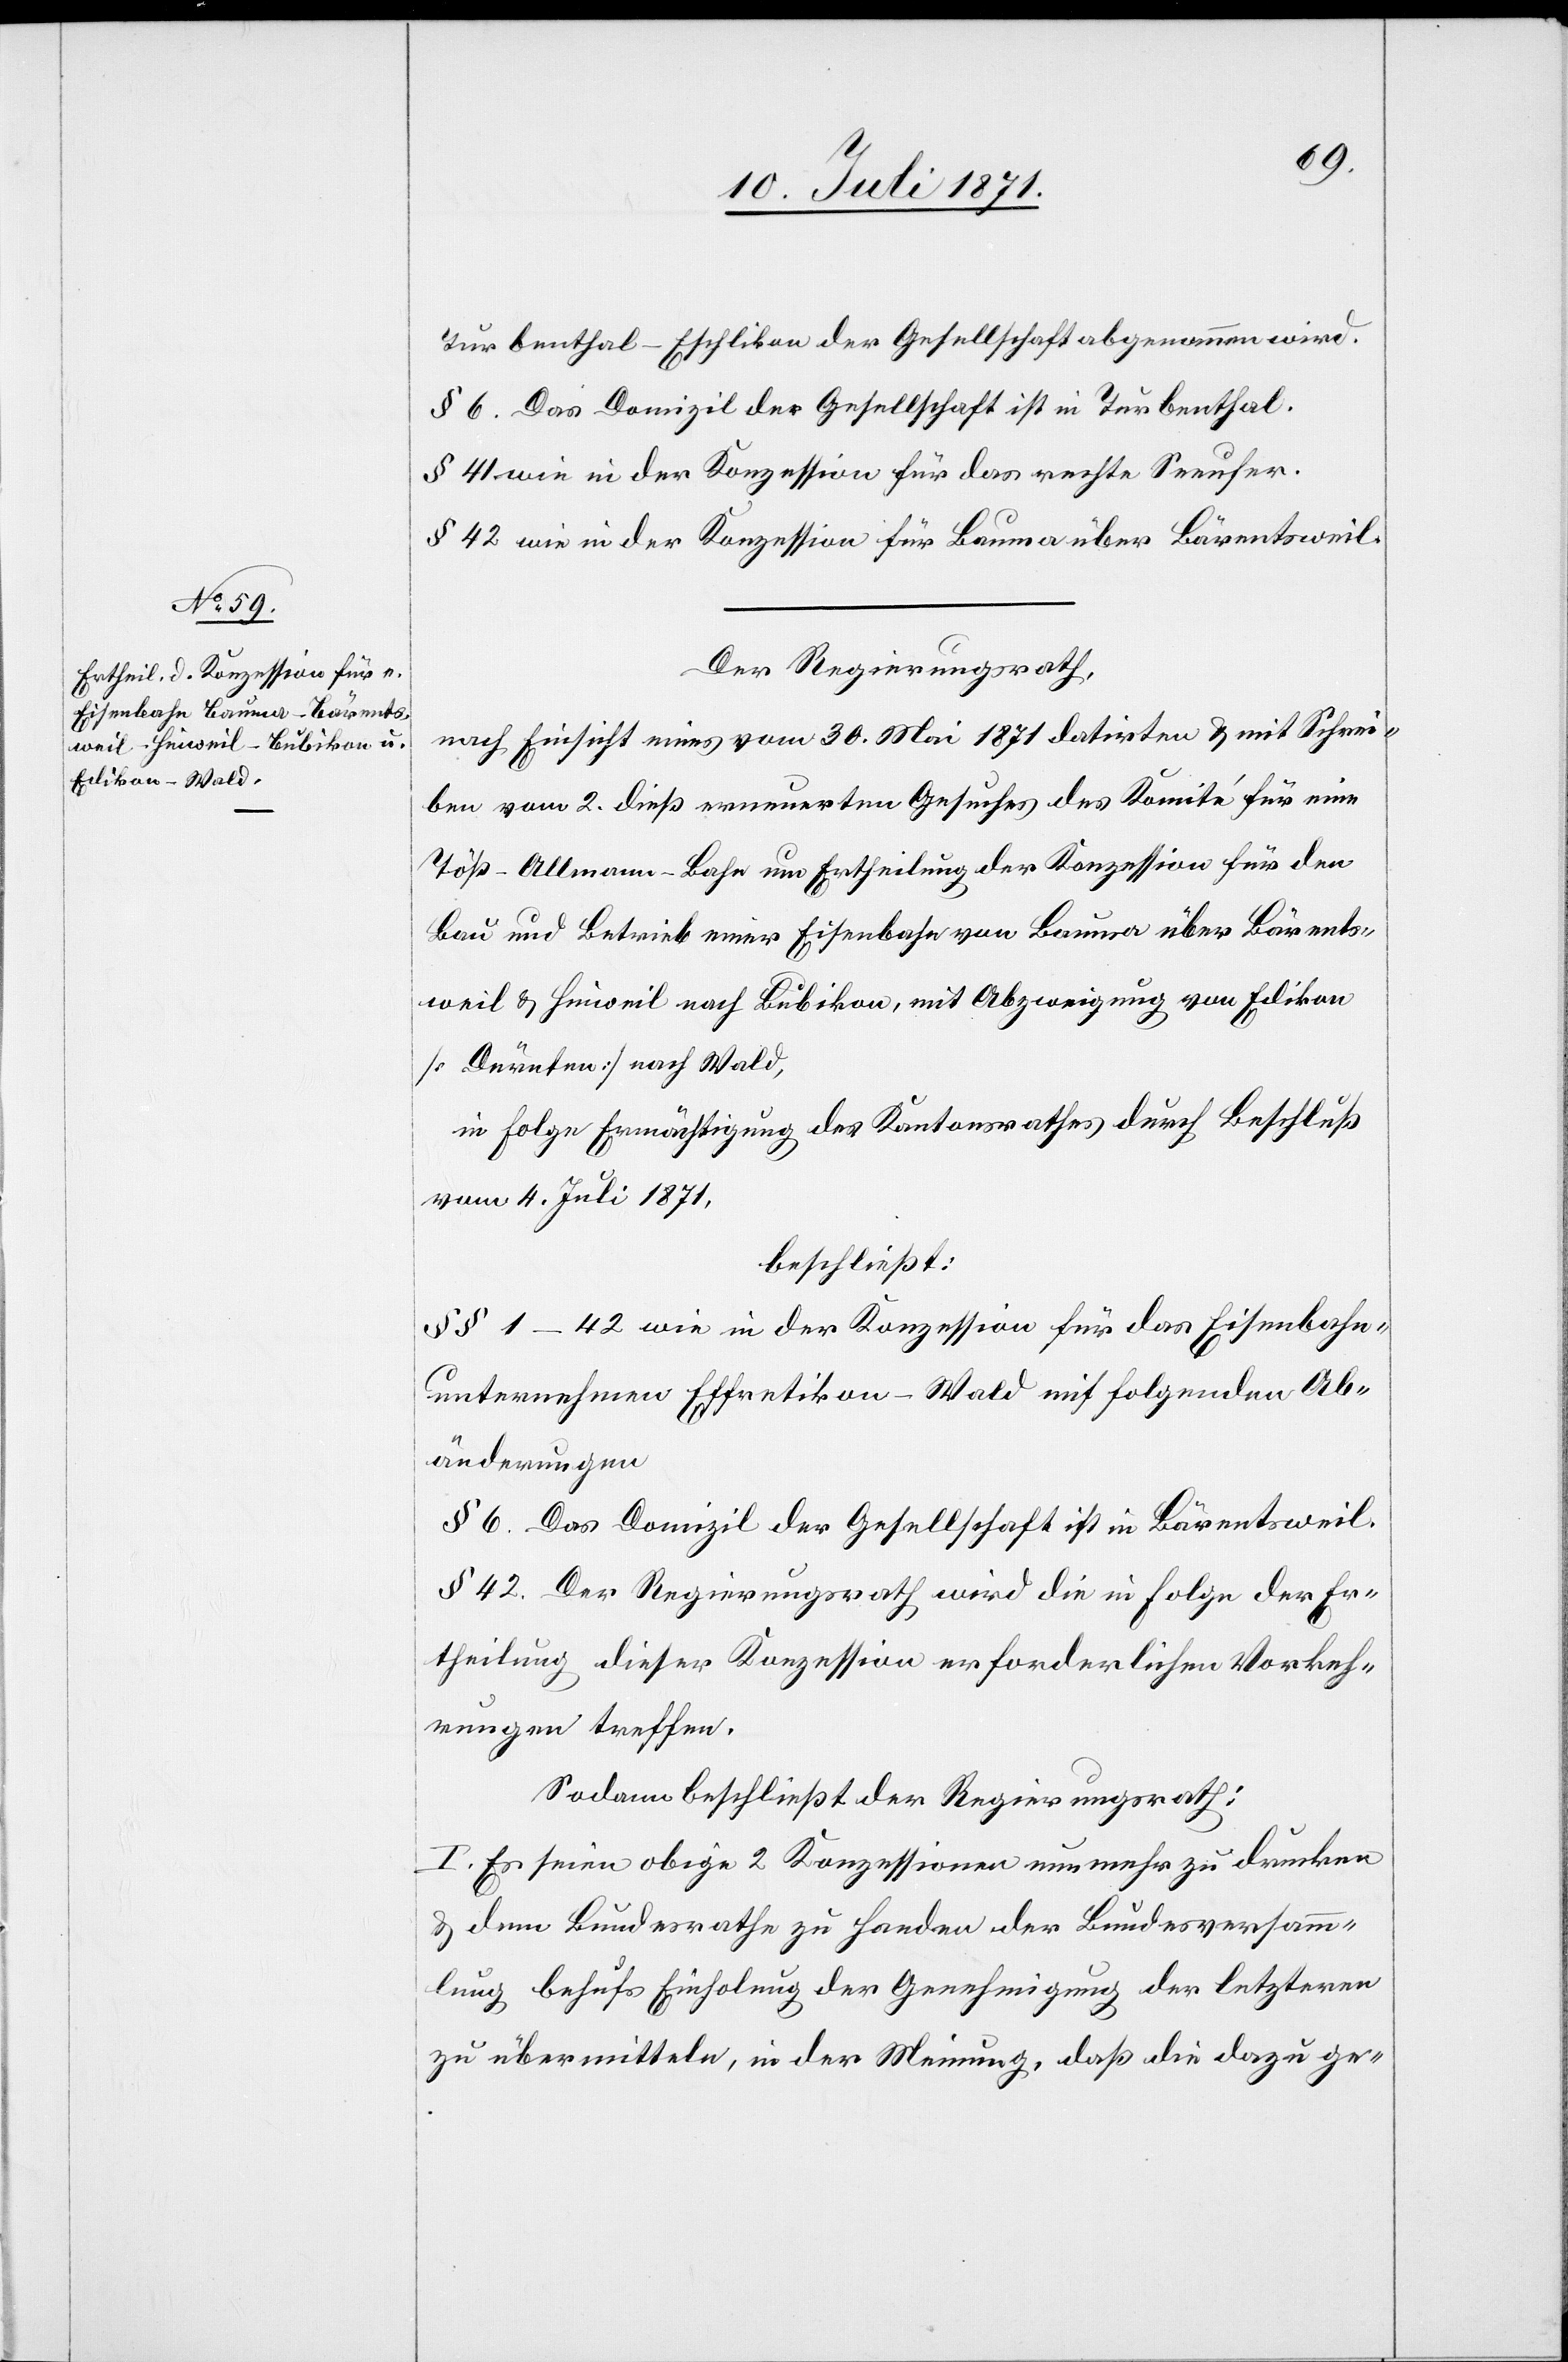
Turbenthal-Eschlikon der Gesellschaft abgenommen wird.
§ 6. Das Domizil der Gesellschaft ist in Turbenthal.
§ 41 wie in der Konzession für das rechte Seeufer.
§ 42 wie in der Konzession für Bauma über Bärentsweil.
Der Regierungsrath,
nach Einsicht eines vom 30. Mai 1871 datirten u. mit Schrei¬
ben vom 2. dieß erneuerten Gesuches des Komité für eine
Töß-Allmann-Bahn um Ertheilung der Konzession für den
Bau und Betrieb einer Eisenbahn von Bauma über Bärents¬
weil u. Hinweil nach Bubikon, mit Abzweigung von Edikon
[Dürnten] nach Wald,
in Folge Ermächtigung des Kantonsrathes durch Beschluß
vom 4. Juli 1871,
beschließt:
§§ 1–42 wie in der Konzession für das Eisenbahn¬
unternehmen Effretikon-Wald mit folgenden Ab¬
änderungen
§ 6. Das Domizil der Gesellschaft ist in Bärentsweil.
§ 42. Der Regierungsrath wird die in Folge der Er¬
theilung dieser Konzession erforderlichen Vorkeh¬
rungen treffen.
Sodann beschließt der Regierungsrath:
I. Es seien obige 2 Konzessionen nunmehr zu drucken
u. dem Bundesrathe zu Handen der Bundesversamm¬
lung behufs Einholung der Genehmigung der letzteren
zu übermitteln, in der Meinung, daß die dazu ge-